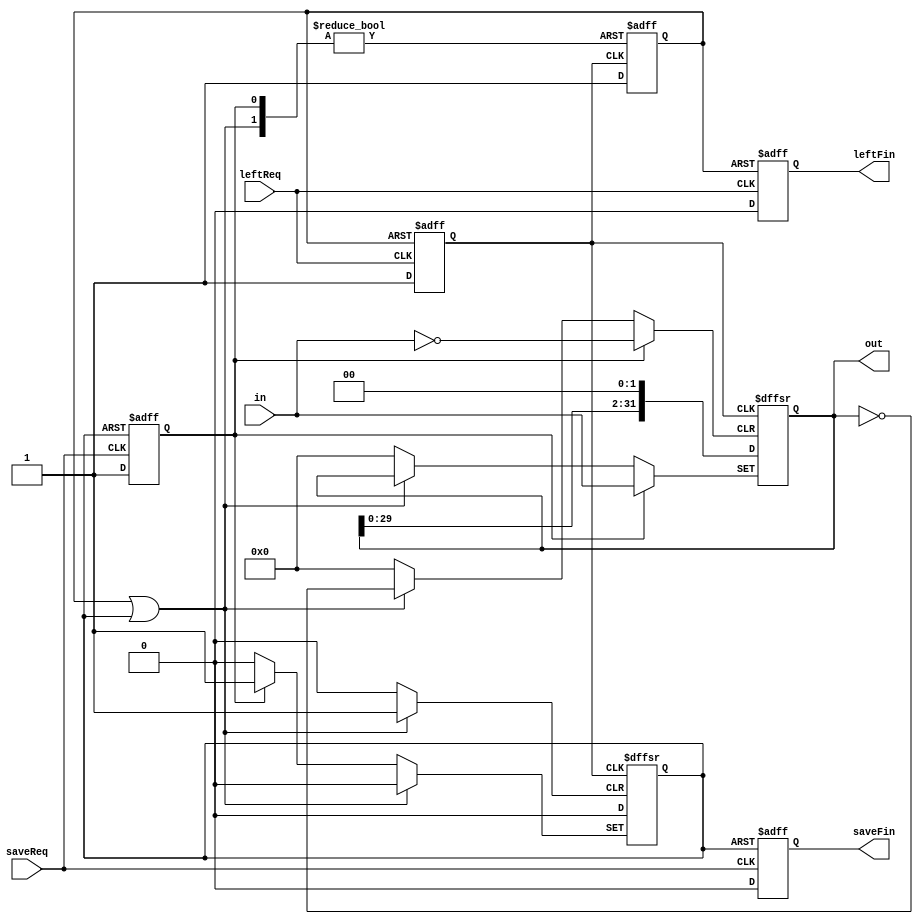
`timescale 1ns / 1ps
//////////////////////////////////////////////////////////////////////////////////
// 
// Module Name: registerLeft
// Description: Shift Register (Left)
//              When saveReq rises, in -> out. Then saveFin rises.
//              When leftReq rises, {out<<1,0} -> out. Then leftFin rises.
//              Width is the bit width of in and out.
// Dependencies: 
// 
// Revision:
// Revision 0.01 - File Created
// Additional Comments:
// 
//////////////////////////////////////////////////////////////////////////////////

module registerLeft #(parameter Width=32) (saveReq,saveFin,leftReq,leftFin,in,out);
input saveReq,leftReq;
output reg saveFin=1'b0, leftFin=1'b0;
input [Width-1:0] in;
output reg [Width-1:0] out=0;

reg leftReqBuf=1'b0,leftFinBuf=1'b0,saveReqBuf=1'b0,saveFinBuf=1'b0;
wire eventFin=leftFinBuf|saveFinBuf;

always@(posedge leftReq or posedge leftFinBuf) begin
    if(leftFinBuf) begin 
        leftReqBuf<=1'b0;
        leftFin<=1'b1;
    end
    else begin
        leftReqBuf<=1'b1;
        leftFin<=1'b0;
    end
end

always@(posedge saveReq or posedge saveFinBuf) begin
    if(saveFinBuf) begin
        saveReqBuf<=1'b0;
        saveFin<=1'b1;
    end
    else begin
        saveReqBuf<=1'b1;
        saveFin<=1'b0;
    end
end

always@(posedge saveReqBuf or posedge leftReqBuf or posedge eventFin) begin
if(eventFin) begin
    saveFinBuf<=1'b0;
    leftFinBuf<=1'b0;
    out<=out;
end
else if(saveReqBuf) begin
    saveFinBuf<=1'b1;
    leftFinBuf<=1'b0;
    out<=in;
end
else if(leftReqBuf) begin
    leftFinBuf<=1'b1;
    saveFinBuf<=1'b0;
    out<={out<<1,1'b0};
end
else begin
    leftFinBuf<=1'b0;
    saveFinBuf<=1'b0;
    out<=out;
end
end

endmodule